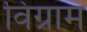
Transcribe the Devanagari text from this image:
विग्राम